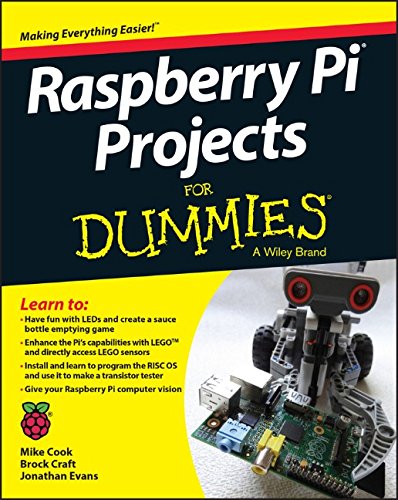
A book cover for Raspberry Pi Projects For Dummies; Mike Cook; Computers & Technology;